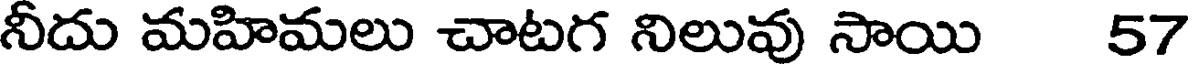
నీదు మహిమలు చాటగ నిలువు సాయి 57